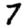
Digit: 7